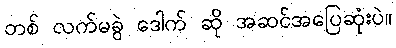
တစ် လက်မခွဲ ဒေါက် ဆို အဆင်အပြေဆုံးပဲ။